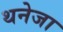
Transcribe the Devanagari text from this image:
थनेजा